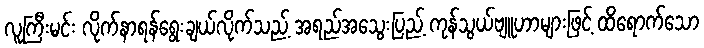
လူကြီးမင်း လိုက်နာရန်ရွေးချယ်လိုက်သည့် အရည်အသွေးပြည့် ကုန်သွယ်ဗျူဟာများဖြင့် ထိရောက်သော